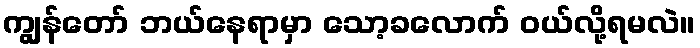
ကျွန်တော် ဘယ်နေရာမှာ သော့ခလောက် ဝယ်လို့ရမလဲ။